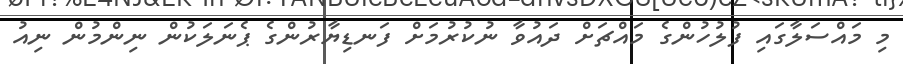
މި މައްސަލާގައި ފުލުހުންގެ މައްޗަށް ދައުވާ ނުކުރުމަށް ފަނޑިޔާރުންގެ ޕެނަލަކުން ނިންމުން ނިއު